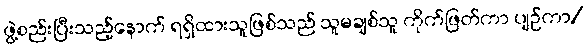
ဖွဲ့စည်းပြီးသည့်နောက် ရရှိထားသူဖြစ်သည် သူမချစ်သူ ကိုက်ဖြတ်ကာ ပျဉ်ကာ/